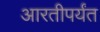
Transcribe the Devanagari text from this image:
आरतीपर्यंत